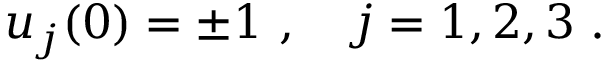
u _ { j } ( 0 ) = \pm 1 \ , \ \ \ j = 1 , 2 , 3 \ .